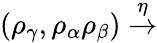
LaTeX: (\rho_{\gamma},\rho_{\alpha}\rho_{\beta})\stackrel{\eta}{\rightarrow}